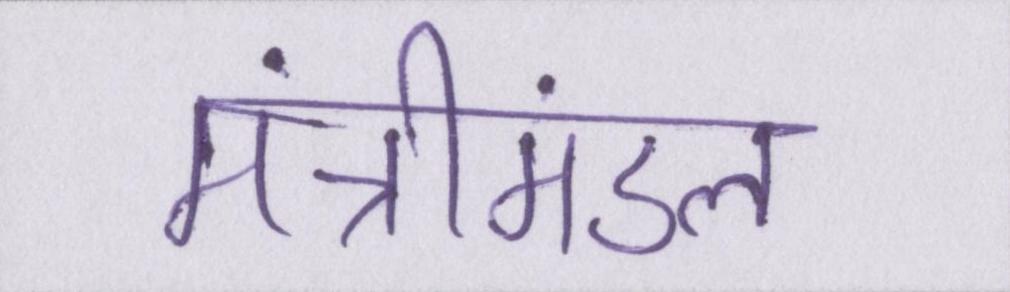
मंत्रीमंडल